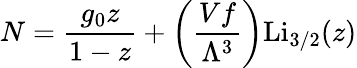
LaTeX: N={\frac{g_{0}z}{1-z}}+\left({\frac{Vf}{\Lambda^{3}}}\right){\textrm{Li}}_{3/2}(z)